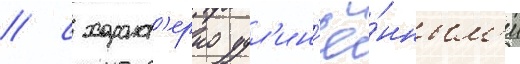
/ с характ'ерно удл'ин'ё́нным'и